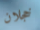
خجلان